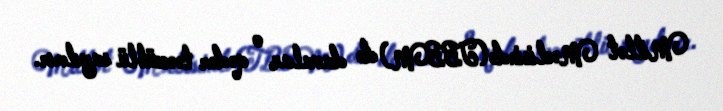
Millət Məclisində(TBBM) də davalar o qədər təəccüblü sayılmır.